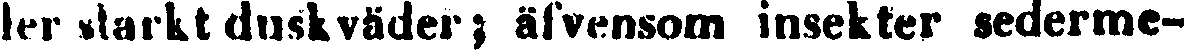
ler starkt duskväder; äfvensom insekter sederme-